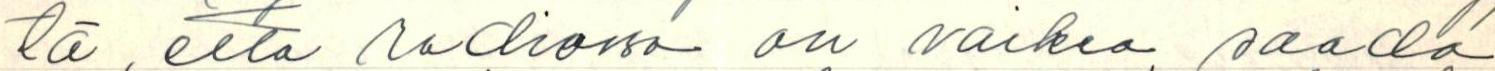
tä, että radiossa on vaikea saada